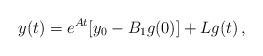
LaTeX: \begin{align*}y(t) = e^{At}[y_0 - B_1g(0)] + Lg(t)\,,\end{align*}